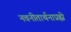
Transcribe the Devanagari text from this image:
नवनीतार्थनाप्रह्वो